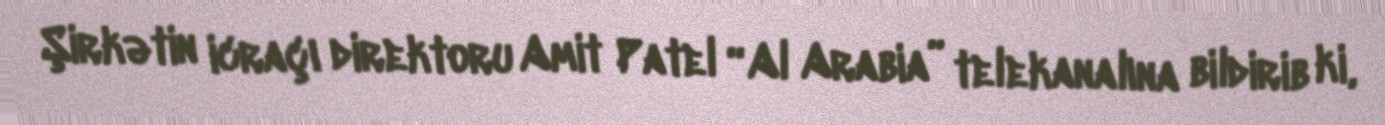
Şirkətin icraçı direktoru Amit Patel “Al Arabia” telekanalına bildirib ki,